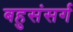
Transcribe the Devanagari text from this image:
बहुसंसर्ग